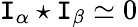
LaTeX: \mathtt{I}_{\alpha}\star\mathtt{I}_{\beta}\simeq0